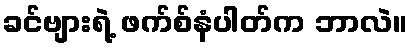
ခင်ဗျားရဲ့ ဖက်စ်နံပါတ်က ဘာလဲ။